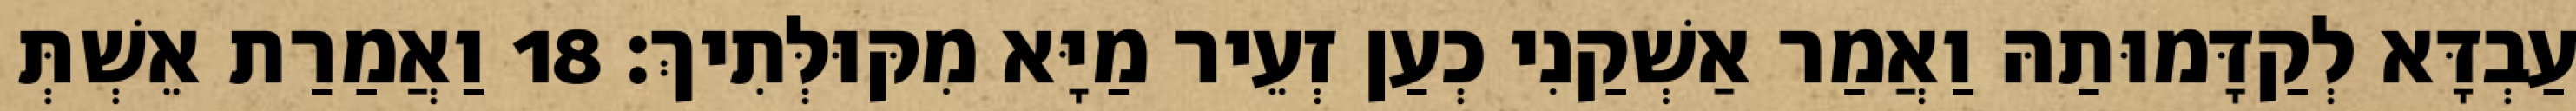
עַבְדָּא לְקַדָּמוּתַהּ וַאֲמַר אַשְׁקַנִי כְעַן זְעֵיר מַיָּא מִקּוּלְּתִיךְ׃ 18 וַאֲמַרַת אֵשְׁתְּ